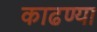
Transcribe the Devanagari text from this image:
काढण्या